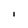
Character: I